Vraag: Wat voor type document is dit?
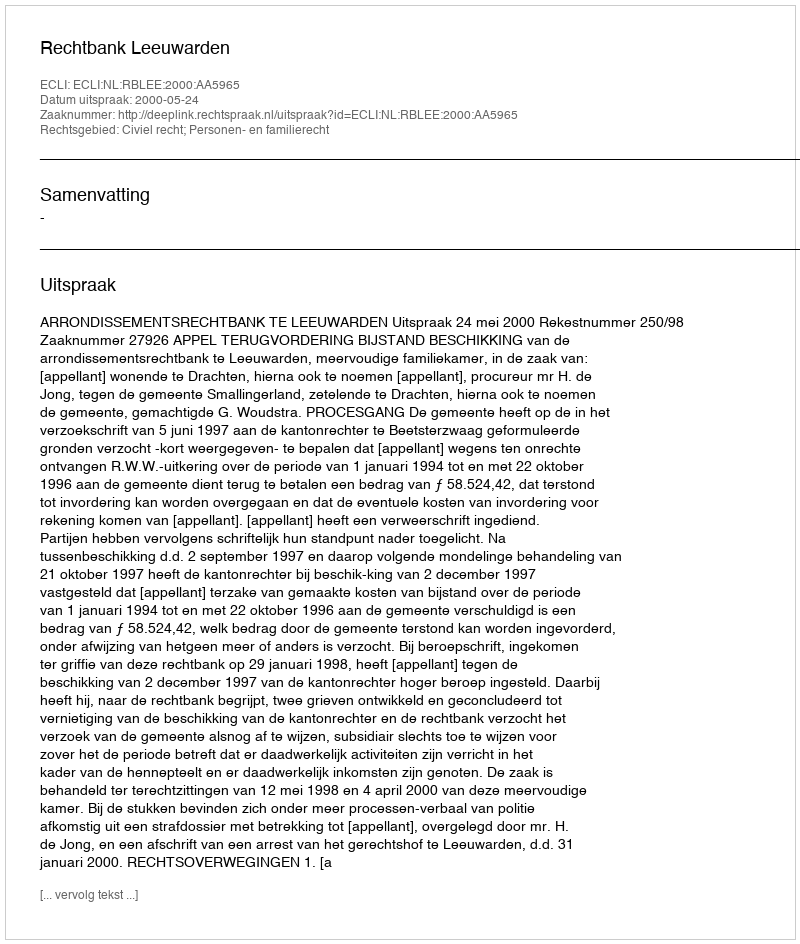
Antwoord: Uitspraak